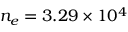
n _ { e } = 3 . 2 9 \times 1 0 ^ { 4 }